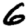
Digit: 6